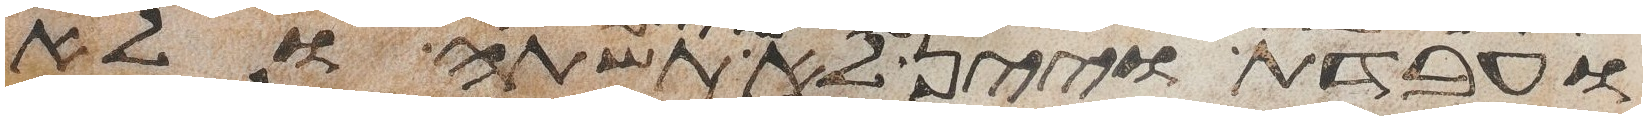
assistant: ועבדת ויין לא תשתה ולא